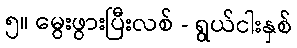
၅။ မွေးဖွားပြီးလစ် - ရွယ်ငါးနှစ်